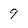
Character: 9